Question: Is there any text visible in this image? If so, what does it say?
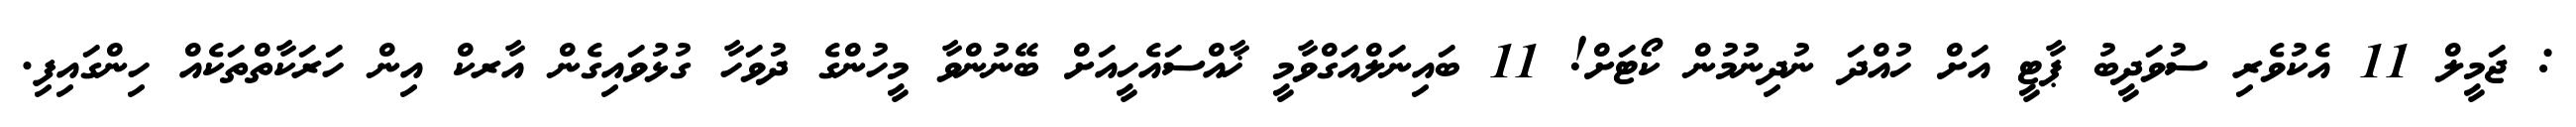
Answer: : ޖަމީލް 11 އެކުވެރި ސުވަދީބު ޕާޓީ އަށް ހުއްދަ ނުދިނުމުން ކޯޓަށް! 11 ބައިނަލްއަގްވާމީ ޚާއްސައެހީއަށް ބޭނުންވާ މީހުންގެ ދުވަހާ ގުޅުވައިގެން އާރކް އިން ހަރަކާތްތަކެއް ހިންގައިފި.